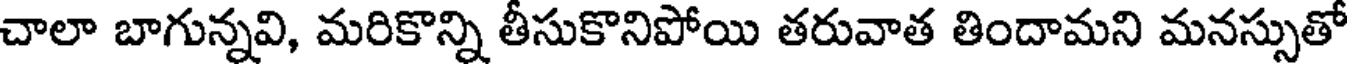
చాలా బాగున్నవి, మరికొన్ని తీసుకొనిపోయి తరువాత తిందామని మనస్సుతో